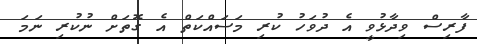
ފާރިސް ވިދާޅުވީ އެ ދުވަހު ކުރި މަސައްކަތް އެ ގޮތަށް ނުކުރި ނަމަ